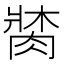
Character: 𦝍